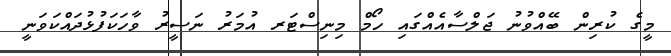
މީގެ ކުރިން ބޭއްވުނު ޖަލްސާއެއްގައި ހޯމް މިނިސްޓަރ އުމަރު ނަސީރު ވާހަކަފުޅުދައްކަވަނީ